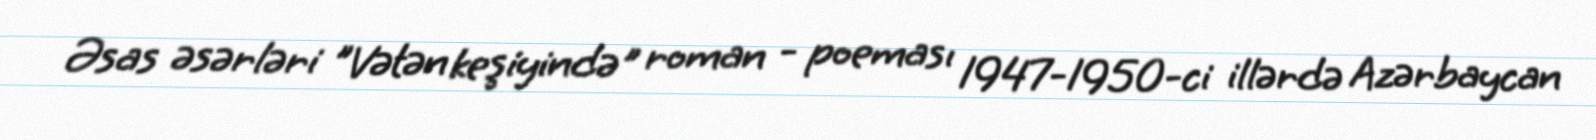
Əsas əsərləri "Vətən keşiyində" roman - poeması 1947-1950-ci illərdə Azərbaycan